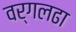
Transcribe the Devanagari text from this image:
वर्गलढा